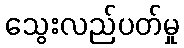
သွေးလည်ပတ်မှု